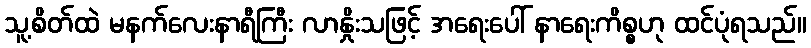
သူ့စိတ်ထဲ မနက်လေးနာရီကြီး လာနှိုးသဖြင့် အရေးပေါ် နာရေးကိစ္စဟု ထင်ပုံရသည်။